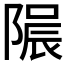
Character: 𨻟